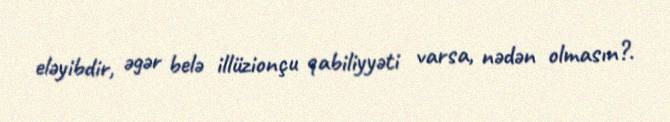
eləyibdir, əgər belə illüzionçu qabiliyyəti varsa, nədən olmasın?.